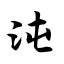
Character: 沌